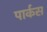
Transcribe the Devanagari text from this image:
पार्कस